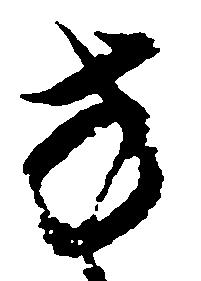
方